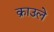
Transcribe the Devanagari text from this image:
क्राउले